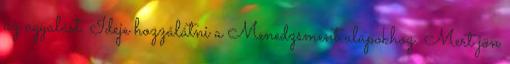
az agyalást. Ideje hozzálátni a Menedzsment alapokhoz. Mert jön